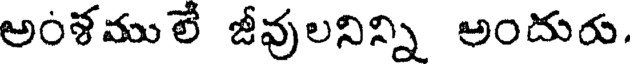
అంళములే జీవులనిన్ని అందురు.